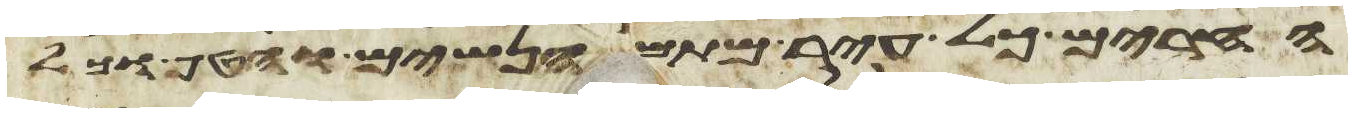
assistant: החרים כל עיר מתם הנשים והטף וכל